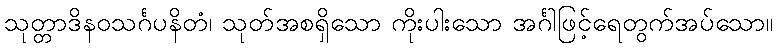
သုတ္တာဒိနဝသင်္ဂပနိတံ၊ သုတ်အစရှိသော ကိုးပါးသော အင်္ဂါဖြင့်ရေတွက်အပ်သော။